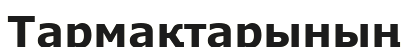
Тармақтарының